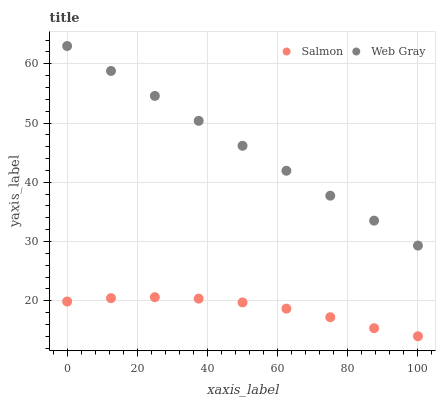
| xaxis_label | Salmon | Web Gray |
 | --- | --- | --- |
 | 0 | 19.9 | 63 |
 | 12.5 | 20.4 | 58.8 |
 | 25 | 20.6 | 54.6 |
 | 37.5 | 20.4 | 50.4 |
 | 50 | 19.7 | 46.2 |
 | 62.5 | 18.7 | 41.9 |
 | 75 | 17.2 | 37.7 |
 | 87.5 | 15.4 | 33.5 |
 | 100 | 14 | 29.3 |